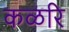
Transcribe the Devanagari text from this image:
कळरि